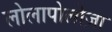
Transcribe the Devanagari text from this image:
लोलापोलोज़ा